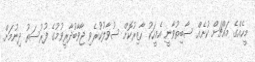
މީހެއްގެ މައްޗަށް ކުށެއް ސާބިތުވާނީ އެމީހަކު ހާޒިރުކޮށް ސުވާލުކުރެވި ޖާވާބުދާރީވުމުގެ ފުރުސަތު ދިނުމަށް